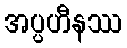
အပ္ပဟီနဿ